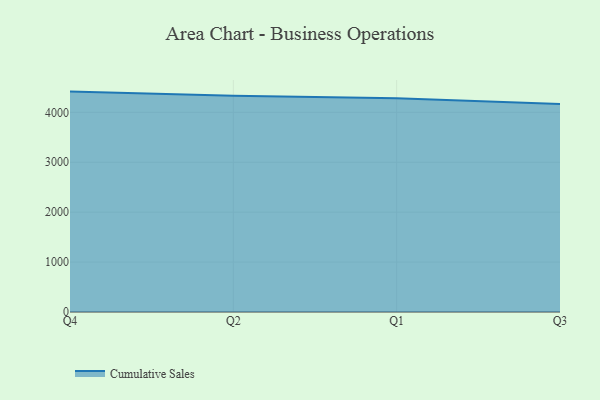
{"axis": {"x": "Quarter", "y": "Operating Costs (USD K)"}, "legend": ["Cumulative Sales"], "data": [{"x": "Q4", "y": 4415.3, "type": "Cumulative Sales"}, {"x": "Q2", "y": 4332.9, "type": "Cumulative Sales"}, {"x": "Q1", "y": 4281.0, "type": "Cumulative Sales"}, {"x": "Q3", "y": 4166.5, "type": "Cumulative Sales"}]}